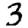
Digit: 3